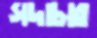
সদাচার